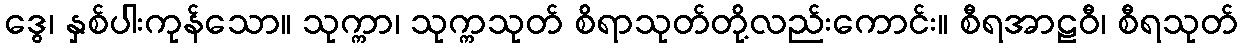
ဒွေ၊ နှစ်ပါးကုန်သော။ သုက္ကာ၊ သုက္ကသုတ် စိရာသုတ်တို့လည်းကောင်း။ စီရအာဠဝီ၊ စီရသုတ်